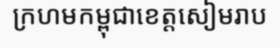
ក្រហមកម្ពុជាខេត្តសៀមរាប